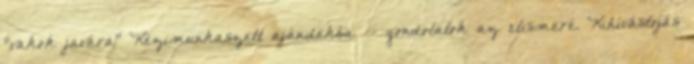
"vakok javára" Kézimunkaszett ajándékba -- gondolatok az elismeré. Kihívástojás